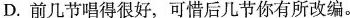
D.前几节唱得很好，可惜后几节你有所改编。